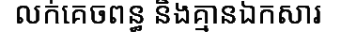
លក់គេចពន្ធ និងគ្មានឯកសារ